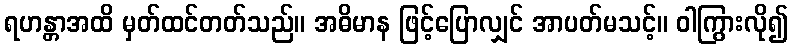
ရဟန္တာအထိ မှတ်ထင်တတ်သည်။ အဓိမာန ဖြင့်ပြောလျှင် အာပတ်မသင့်။ ဝါကြွားလို၍